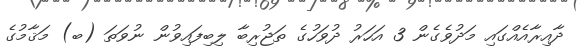
ދާއިރާއެއްގައި މަދުވެގެން 3 އަހަރު ދުވަހުގެ ތަޖުރިބާ ލިބިފައިވުން ނުވަތަ (ބ) މަޤާމުގެ